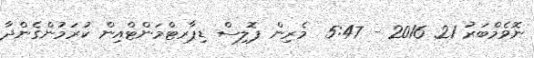
ނޮވެމްބަރު 21